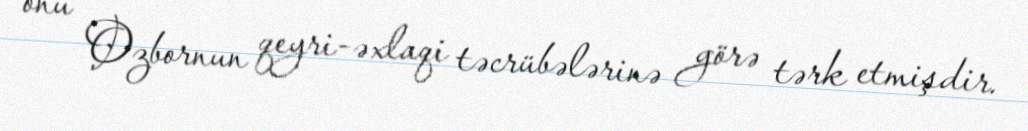
onu Ozbornun qeyri-əxlaqi təcrübələrinə görə tərk etmişdir.